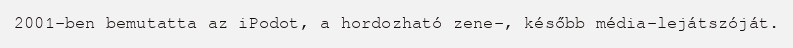
2001-ben bemutatta az iPodot, a hordozható zene-, később média-lejátszóját.